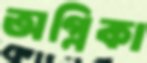
অগ্নিকা